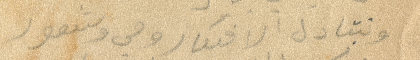
وتبادل الافكار وهي شعور